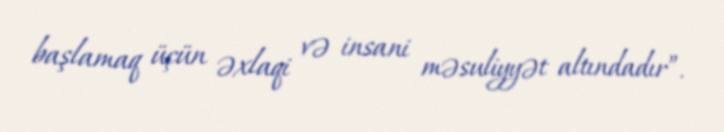
başlamaq üçün əxlaqi və insani məsuliyyət altındadır”.